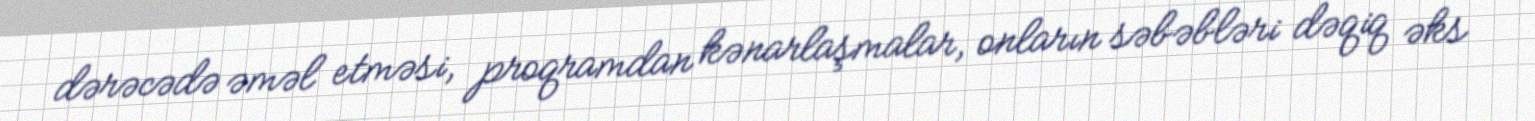
dərəcədə əməl etməsi, proqramdan kənarlaşmalar, onların səbəbləri dəqiq əks